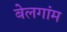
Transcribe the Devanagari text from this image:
बेलगांम